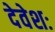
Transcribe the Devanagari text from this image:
देवेशः